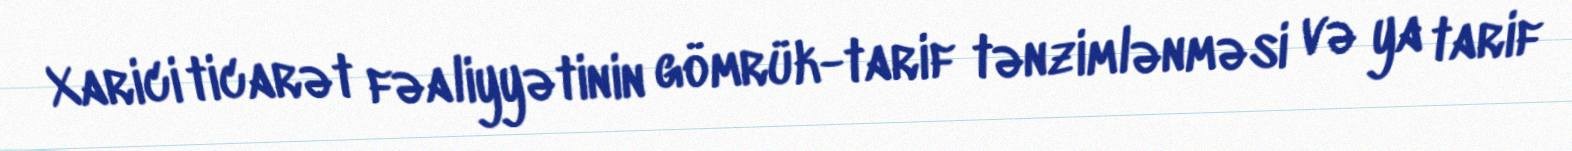
Xarici ticarət fəaliyyətinin gömrük-tarif tənzimlənməsi və ya tarif